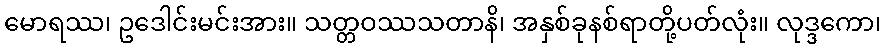
မောရဿ၊ ဥဒေါင်းမင်းအား။ သတ္တဝဿသတာနိ၊ အနှစ်ခုနစ်ရာတို့ပတ်လုံး။ လုဒ္ဒကော၊